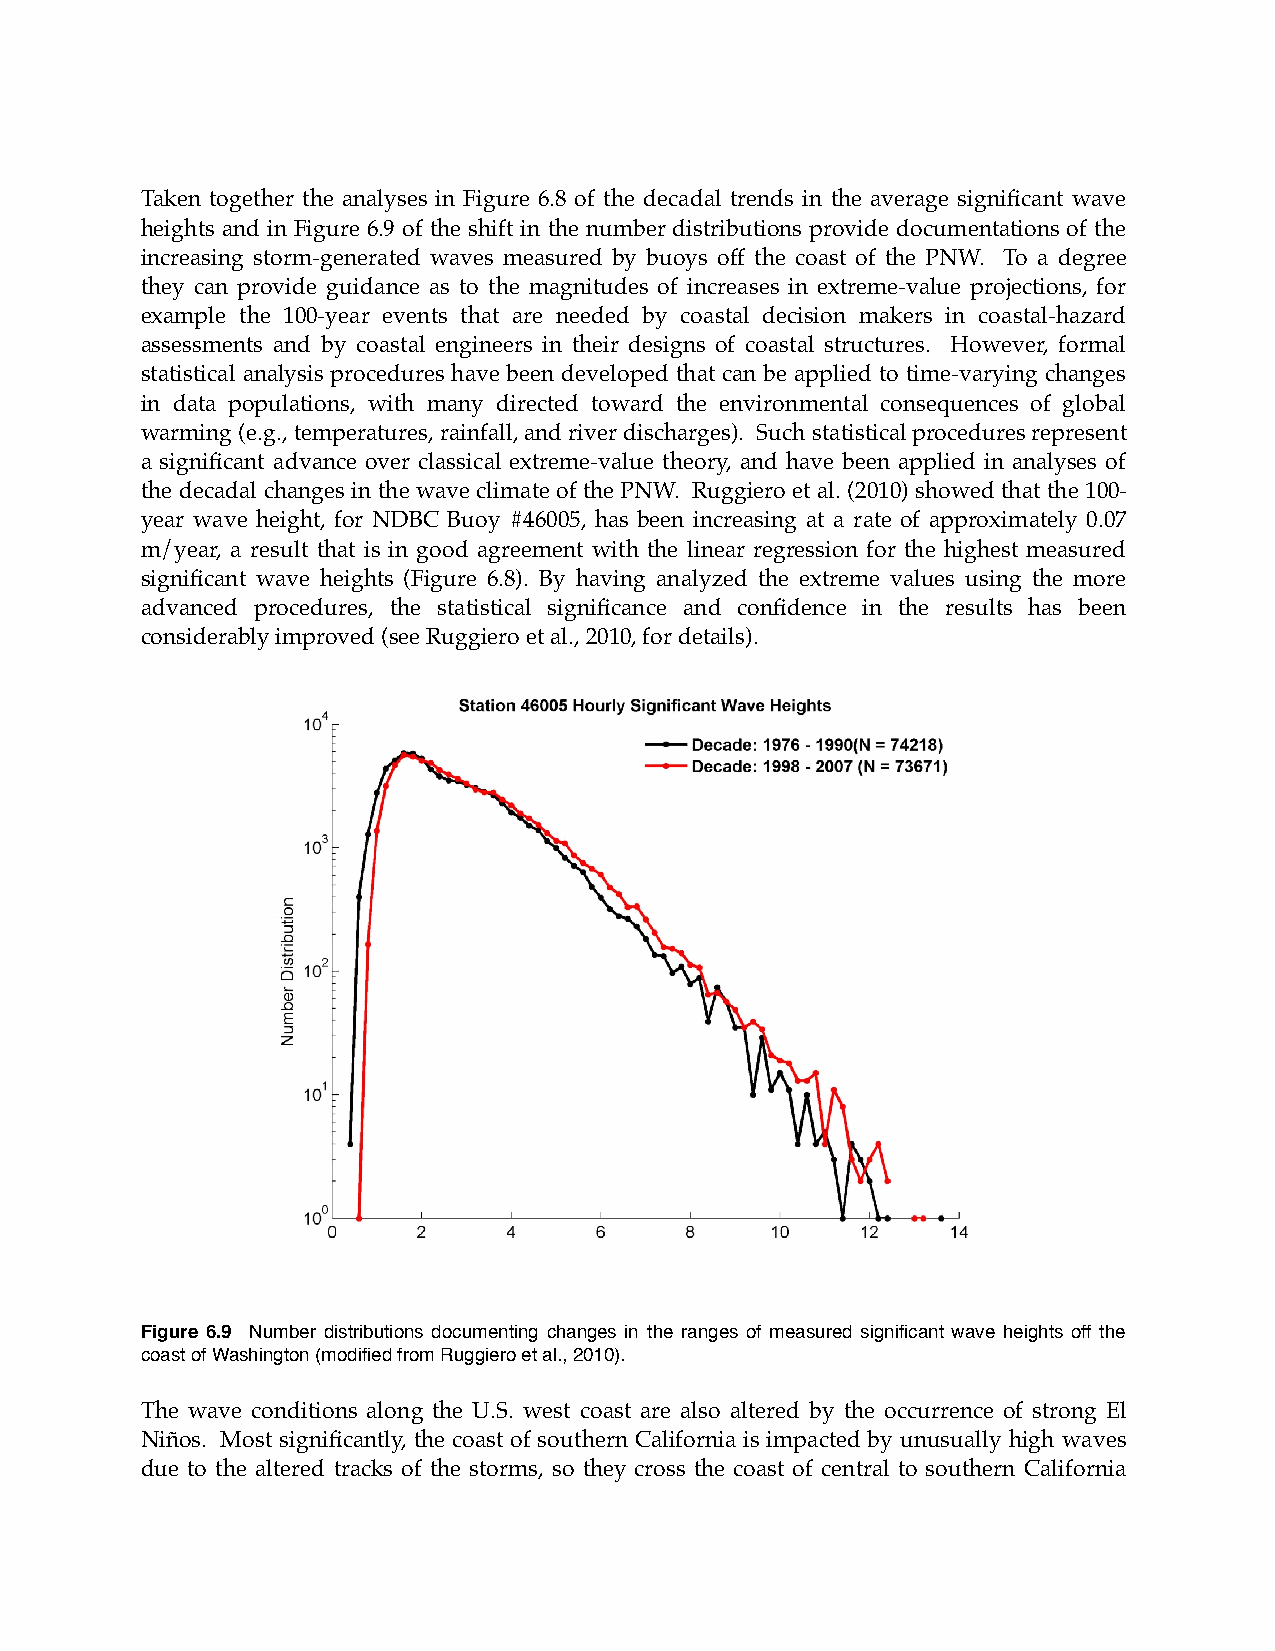
Taken together the analyses in Figure 6.8 of the decadal trends in the average significant wave
 heights and in Figure 6.9 of the shift in the number distributions provide documentations of the
 increasing storm-generated waves measured by buoys off the coast of the PNW. To a degree
 they can provide guidance as to the magnitudes of increases in extreme-value projections, for
 example the 100-year events that are needed by coastal decision makers in coastal-hazard
 assessments and by coastal engineers in their designs of coastal structures. However, formal
 statistical analysis procedures have been developed that can be applied to time-varying changes
 in data populations, with many directed toward the environmental consequences of global
 warming (e.g., temperatures, rainfall, and river discharges). Such statistical procedures represent
 a significant advance over classical extreme-value theory, and have been applied in analyses of
 the decadal changes in the wave climate of the PNW. Ruggiero et al. (2010) showed that the 100-
 year wave height, for NDBC Buoy #46005, has been increasing at a rate of approximately 0.07
 m/year, a result that is in good agreement with the linear regression for the highest measured
 significant wave heights (Figure 6.8). By having analyzed the extreme values using the more
 advanced procedures, the statistical significance and confidence in the results has been
 considerably improved (see Ruggiero et al., 2010, for details).
 Figure 6.9 Number distributions documenting changes in the ranges of measured significant wave heights off the
 coast of Washington (modified from Ruggiero et al., 2010).
 The wave conditions along the U.S. west coast are also altered by the occurrence of strong El
 Niños. Most significantly, the coast of southern California is impacted by unusually high waves
 due to the altered tracks of the storms, so they cross the coast of central to southern California